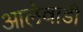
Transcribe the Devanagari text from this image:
आलेवाडी